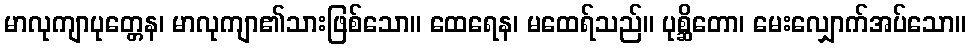
မာလုကျာပုတ္တေန၊ မာလုကျာ၏သားဖြစ်သော။ ထေရေန၊ မထေရ်သည်။ ပုစ္ဆိတော၊ မေးလျှောက်အပ်သော။